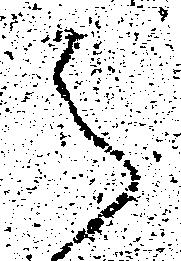
之